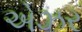
એઝર